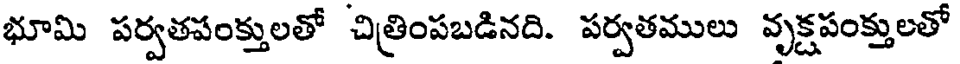
భూమి పర్వతపంక్తులతో చిత్రింపబడినది. పర్వతములు వృక్షపంక్తులతో